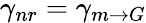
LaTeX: \gamma_{nr}=\gamma_{m\rightarrow G}